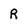
Character: R